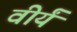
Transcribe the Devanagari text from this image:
वीर्यं